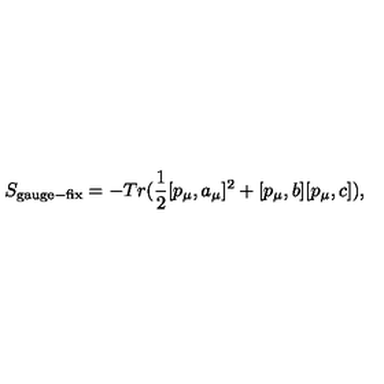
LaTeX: S _ { \mathrm { g a u g e - f i x } } = - T r ( \frac { 1 } { 2 } [ p _ { \mu } , a _ { \mu } ] ^ { 2 } + [ p _ { \mu } , b ] [ p _ { \mu } , c ] ) ,